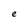
Character: e